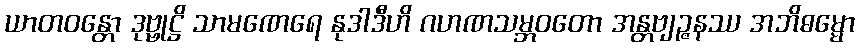
ယာတဝန္တော ဒုဗ္ဗုဋ္ဌိ သာမဏေရေ နုဒါဒီဟိ ဂဟဏသမ္ဘဝတော အန္တဗျဉ္ဇနဿ အဘိဓမ္မော